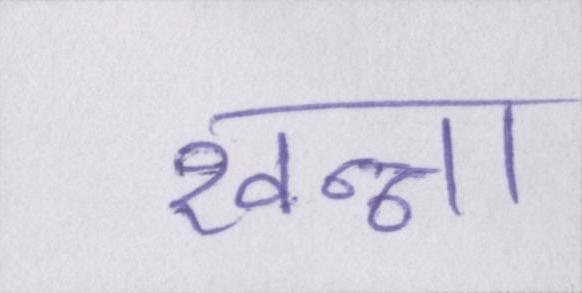
खन्ना